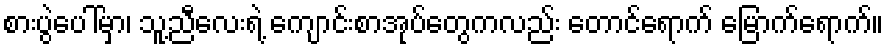
စားပွဲပေါ်မှာ၊ သူ့ညီလေးရဲ့ ကျောင်းစာအုပ်တွေကလည်း တောင်ရောက် မြောက်ရောက်။